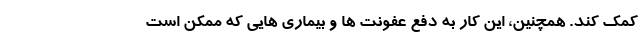
کمک کند. همچنین، این کار به دفع عفونت ها و بیماری هایی که ممکن است